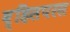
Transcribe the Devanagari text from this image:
व्हिसपरस